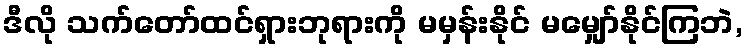
ဒီလို သက်တော်ထင်ရှားဘုရားကို မမှန်းနိုင် မမျှော်နိုင်ကြဘဲ,